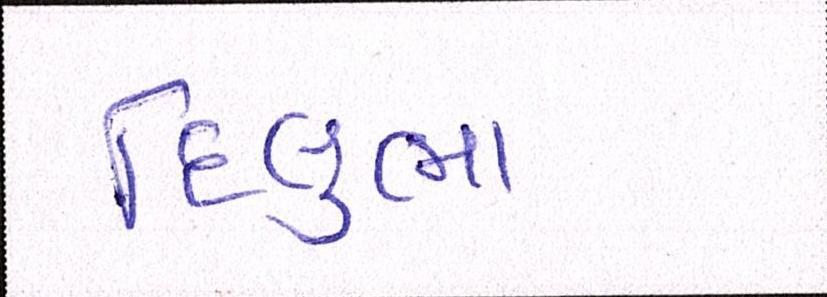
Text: દિલુભા